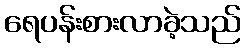
ရေပန်းစားလာခဲ့သည်